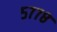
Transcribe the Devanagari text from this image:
५७७८